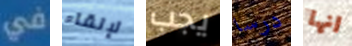
في لإلقاء يجب درسا انها